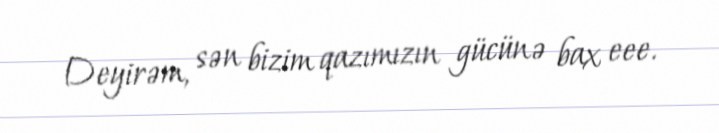
Deyirəm, sən bizim qazımızın gücünə bax eee.